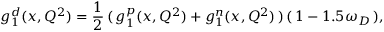
g _ { 1 } ^ { d } ( x , Q ^ { 2 } ) = \frac { 1 } { 2 } \, ( \, g _ { 1 } ^ { p } ( x , Q ^ { 2 } ) + g _ { 1 } ^ { n } ( x , Q ^ { 2 } ) \, ) \, ( \, 1 - 1 . 5 \omega _ { D } \, ) ,